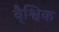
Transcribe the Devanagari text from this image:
वै्श्विक